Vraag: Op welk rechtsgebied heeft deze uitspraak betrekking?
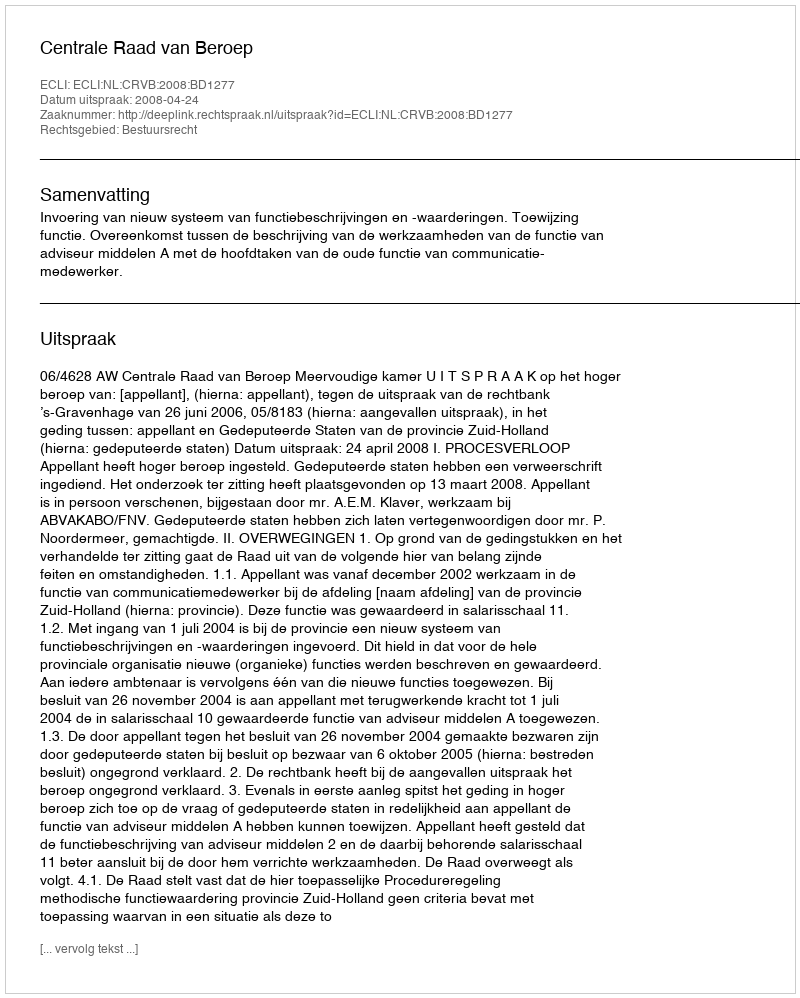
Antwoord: Bestuursrecht